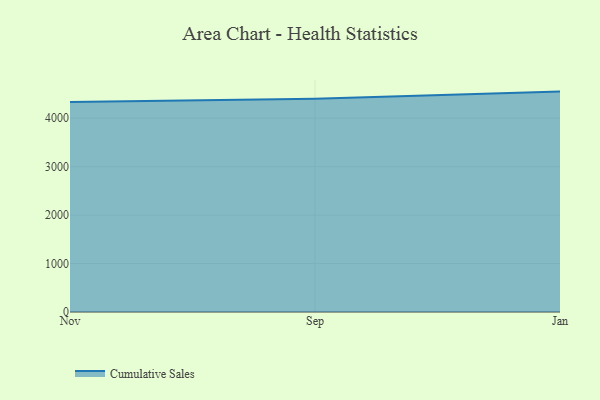
{"axis": {"x": "Month", "y": "Demand Index"}, "legend": ["Cumulative Sales"], "data": [{"x": "Nov", "y": 4333.2, "type": "Cumulative Sales"}, {"x": "Sep", "y": 4403.3, "type": "Cumulative Sales"}, {"x": "Jan", "y": 4548.6, "type": "Cumulative Sales"}]}